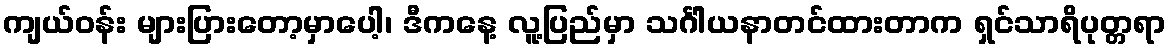
ကျယ်ဝန်း များပြားတော့မှာပေါ့၊ ဒီကနေ့ လူ့ပြည်မှာ သင်္ဂါယနာတင်ထားတာက ရှင်သာရိပုတ္တရာ